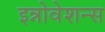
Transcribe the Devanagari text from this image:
इन्नोवेशन्स